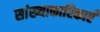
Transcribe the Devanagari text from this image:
सांख्याकारिकाएँ